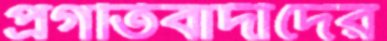
প্রগতিবাদীদের